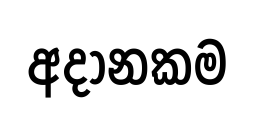
අදානකම